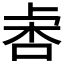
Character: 𣑅